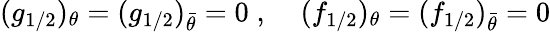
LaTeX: (g_{1/2})_{\theta}=(g_{1/2})_{\bar{\theta}}=0\; ,\; \; \; \; (f_{1/2})_{\theta}=(f_{1/2})_{\bar{\theta}}=0